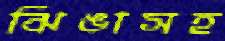
ঝিঙাসহ